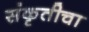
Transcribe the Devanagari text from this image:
संकृतीचा